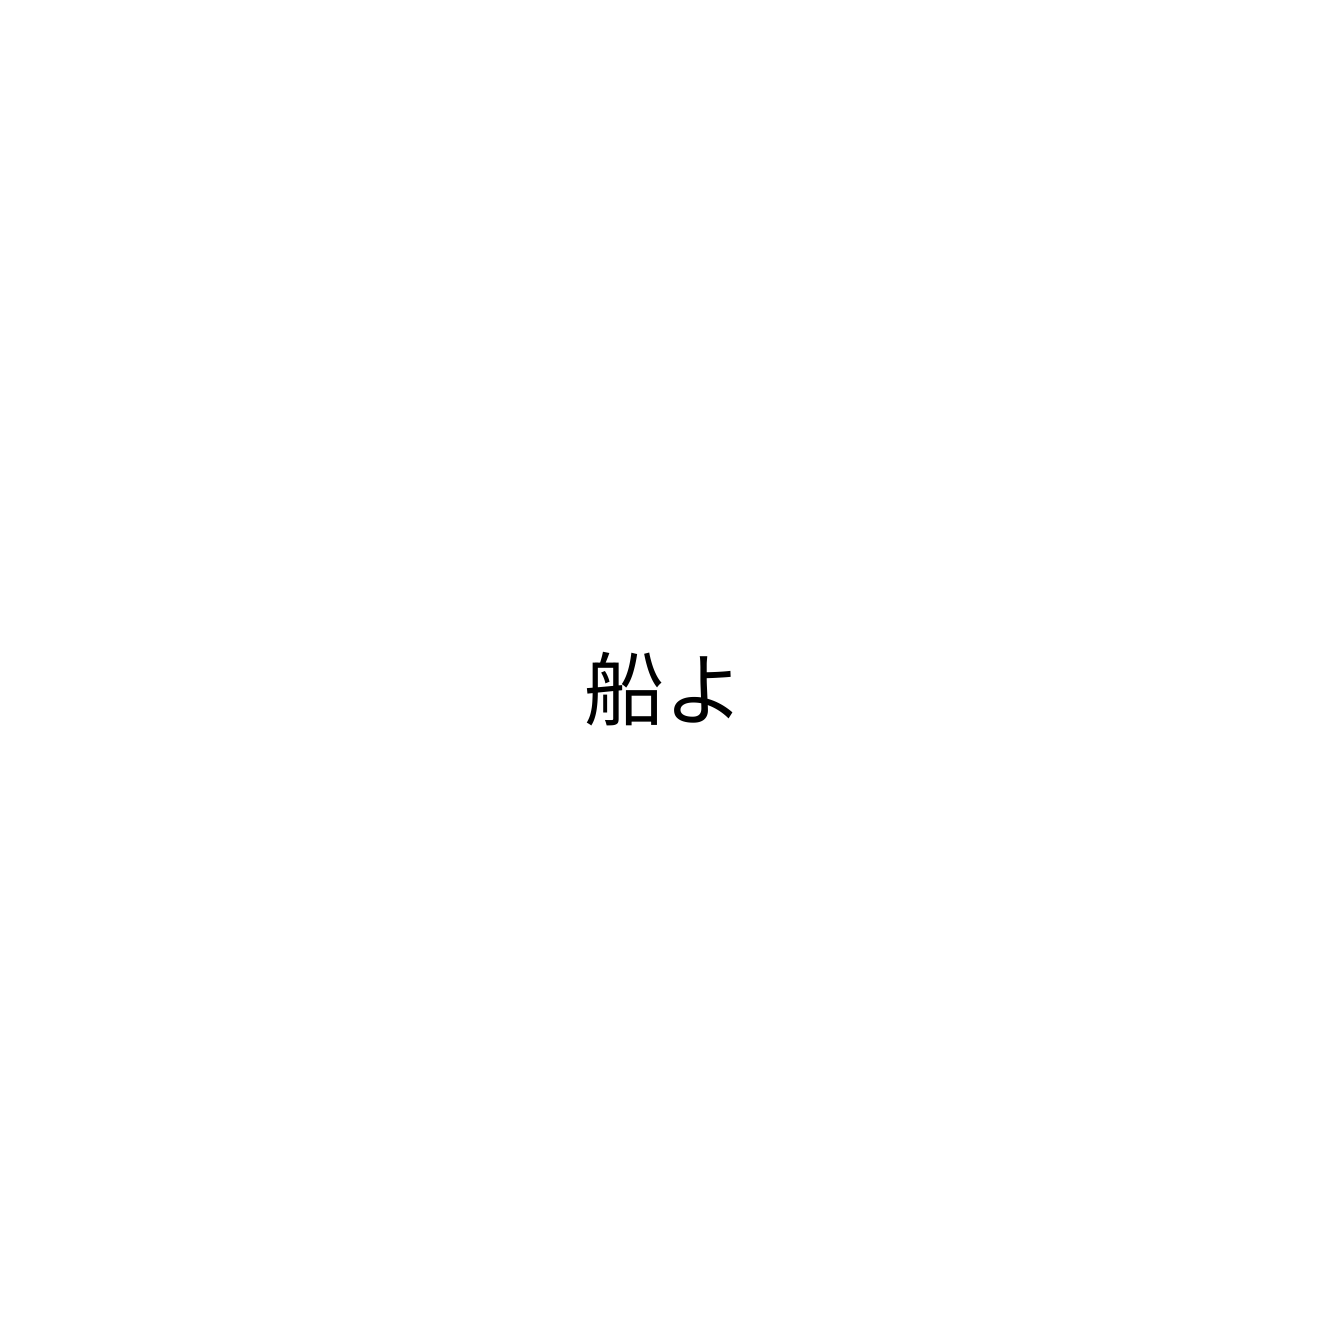
船よ